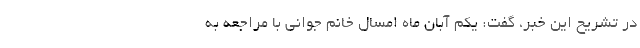
در تشریح این خبر، گفت: یکم آبان ماه امسال خانم جوانی با مراجعه به